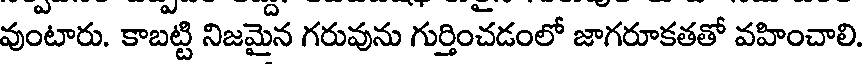
వుంటారు. కాబట్టి నిజమైన గరువును గుర్తించడంలో జాగరూకతతో వహించాలి.